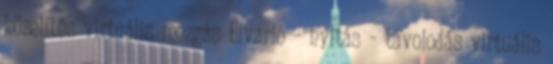
közelítés virtuális mozgás Elvarió – nyitás – távolodás virtuális